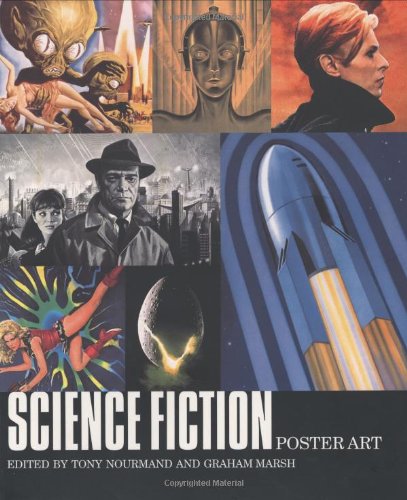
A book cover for Science Fiction Poster Art; Crafts, Hobbies & Home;